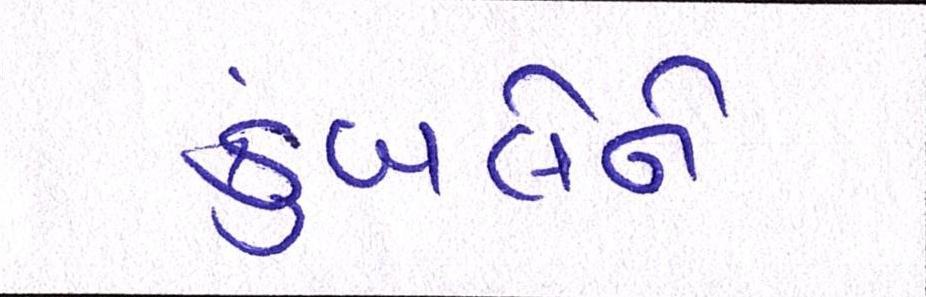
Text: કુંબલેને